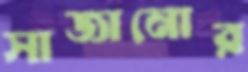
সাজানোর